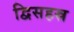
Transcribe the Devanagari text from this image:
द्विसहस्र